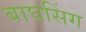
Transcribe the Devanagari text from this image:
बाघसिंग